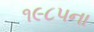
૧૯૮૫ના